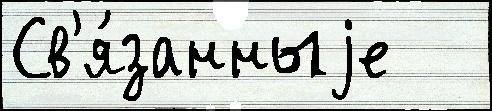
Св'я́занныjе